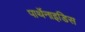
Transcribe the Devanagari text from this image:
पार्थेनाइडिस